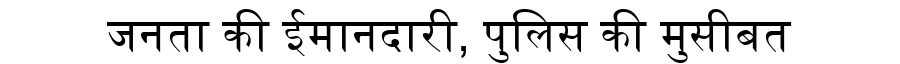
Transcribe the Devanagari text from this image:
जनता की ईमानदारी, पुलिस की मुसीबत